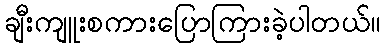
ချီးကျူးစကားပြောကြားခဲ့ပါတယ်။